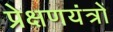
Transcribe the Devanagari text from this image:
प्रेक्षणयंत्रों